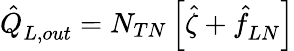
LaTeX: \hat{Q}_{L,out}^{}=N_{TN}\left[\hat{\zeta}+\hat{f}_{LN}^{}\right]